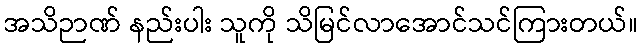
အသိဉာဏ် နည်းပါး သူကို သိမြင်လာအောင်သင်ကြားတယ်။